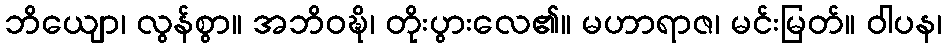
ဘိယျော၊ လွန်စွာ။ အဘိဝဍ္ဎိ၊ တိုးပွားလေ၏။ မဟာရာဇ၊ မင်းမြတ်။ ဝါပန၊